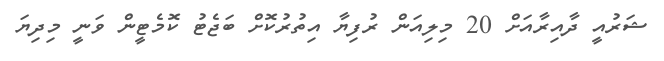
ޝަރުއީ ދާއިރާއަށް 20 މިލިއަން ރުފިޔާ އިތުރުކޮށް ބަޖެޓު ކޮމެޓީން ވަނީ މިދިޔަ